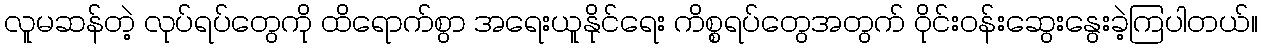
လူမဆန်တဲ့ လုပ်ရပ်တွေကို ထိရောက်စွာ အရေးယူနိုင်ရေး ကိစ္စရပ်တွေအတွက် ဝိုင်းဝန်းဆွေးနွေးခဲ့ကြပါတယ်။